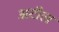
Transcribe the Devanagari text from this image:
अटौल